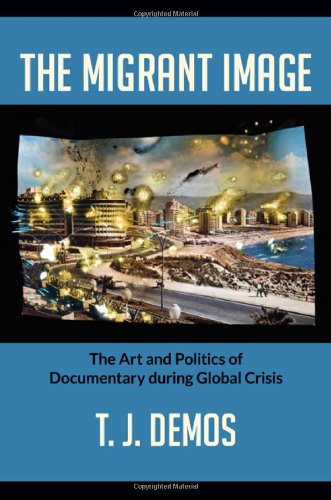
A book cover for The Migrant Image: The Art and Politics of Documentary during Global Crisis; T. J. Demos; Humor & Entertainment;